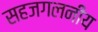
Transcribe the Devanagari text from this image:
सहजगलनीय